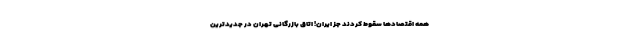
همه اقتصادها سقوط کردند جز ایران! اتاق بازرگانی تهران در جدیدترین